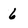
Character: 6